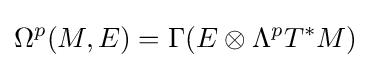
\Omega ^{p}(M,E)=\Gamma (E\otimes \Lambda ^{p}T^{*}M)